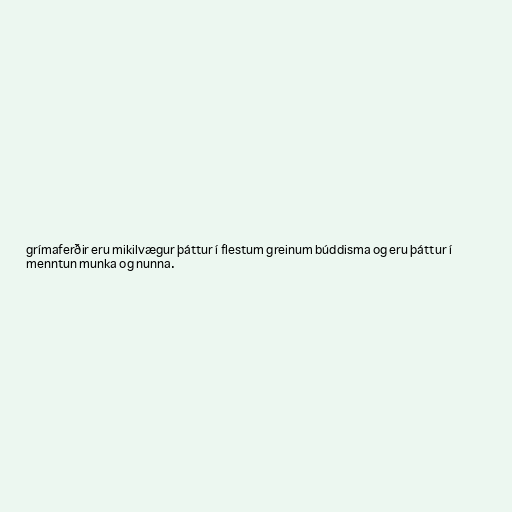
grímaferðir eru mikilvægur þáttur í flestum greinum búddisma og eru þáttur í
menntun munka og nunna.